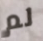
لم